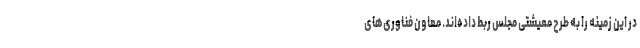
در این زمینه را به طرح معیشتی مجلس ربط داده‌اند. معاون فناوری‌های